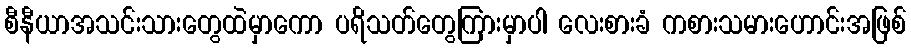
စီနီယာအသင်းသားတွေထဲမှာကော ပရိသတ်တွေကြားမှာပါ လေးစားခံ ကစားသမားဟောင်းအဖြစ်